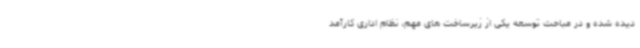
دیده شده و در مباحث توسعه یکی از زیرساخت های مهم، نظام اداری کارآمد